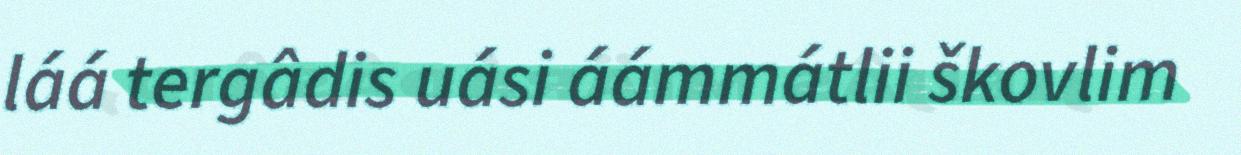
láá tergâdis uási áámmátlii škovlim